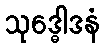
သုဒ္ဓေါဒနံ